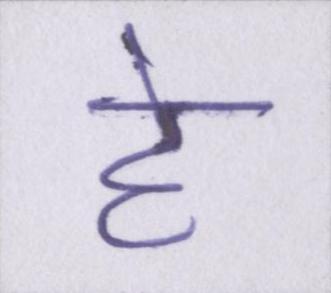
हे